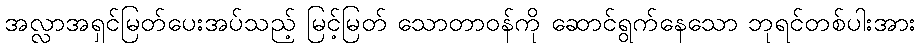
အလ္လာအရှင်မြတ်ပေးအပ်သည့် မြင့်မြတ် သောတာဝန်ကို ဆောင်ရွက်နေသော ဘုရင်တစ်ပါးအား